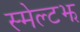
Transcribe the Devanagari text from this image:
स्मेल्टझ